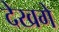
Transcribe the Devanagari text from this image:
देखगे